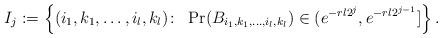
LaTeX: \begin{align*}I_{j}:=\left\{(i_1,k_1,\ldots,i_l,k_l)\colon\ \Pr(B_{i_1,k_1,\ldots,i_l,k_l})\in (e^{-rl2^{j}},e^{-rl2^{j-1}}] \right\}.\end{align*}